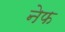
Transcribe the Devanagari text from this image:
नेफ